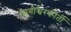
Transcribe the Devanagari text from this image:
वागीश्वरकीर्ती